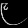
Digit: ၉